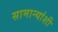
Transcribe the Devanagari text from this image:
सामान्यांशी